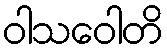
ဝါသဝေါတိ